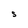
Character: S